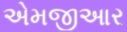
એમજીઆર